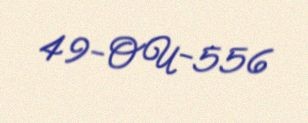
49-OU-556